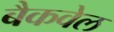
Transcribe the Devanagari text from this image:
बैकवेल